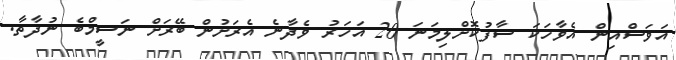
އަވަސްއިން އެވާހަކަ ސާފުކޮށްލިމަނަ 20 އަހަރު ވެދާނެ އެރަށުން ބޭރަށް ނަސީމްބެ ނުދާތާ.